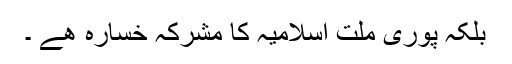
بلکہ پوری ملت اسلامیہ کا مشرکہ خسارہ ھے ۔